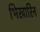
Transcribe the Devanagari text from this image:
भिखारिन